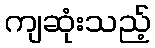
ကျဆုံးသည့်